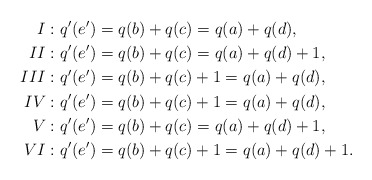
\begin{align*}I:& \ q'(e')=q(b)+q(c)=q(a)+q(d), \\II:& \ q'(e')=q(b)+q(c)=q(a)+q(d)+1, \\III:& \ q'(e')=q(b)+q(c)+1=q(a)+q(d), \\IV:& \ q'(e')=q(b)+q(c)+1=q(a)+q(d), \\V:& \ q'(e')=q(b)+q(c)=q(a)+q(d)+1, \\VI:& \ q'(e')=q(b)+q(c)+1=q(a)+q(d)+1.\end{align*}